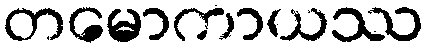
တမောကာယဿ